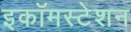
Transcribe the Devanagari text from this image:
इकॉमस्टेशन